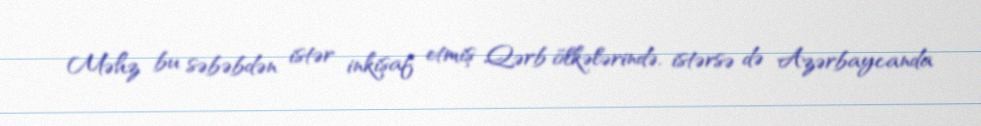
Məhz bu səbəbdən istər inkişaf etmiş Qərb ölkələrində, istərsə də Azərbaycanda